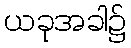
ယခုအခါ၌